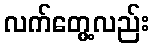
လက်တွေ့လည်း